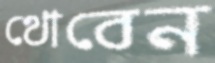
থোবেন